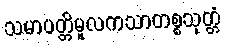
သမာပတ္တိမူလကသာတစ္စသုတ္တံ